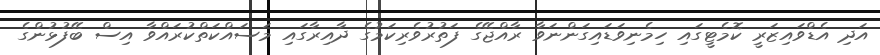
އަދި އެޑްވައިޒަރީ ކޮމެޓީގައި ހިމެނިވަޑައިގަންނަވާ ރާއްޖޭގެ ފަތުރުވެރިކަމުގެ ދާއިރާގައި މަސައްކަތްކުރައްވާ އިސް ބޭފުޅުންގެ